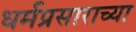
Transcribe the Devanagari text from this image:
धर्मप्रसाराच्या